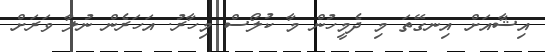
އިޝާއަށް އިނގޭތަ މި ދެމީހުން މާ ކުލޯސް މިހާރު. އަހަރެން ނުލާ ވަރަށް